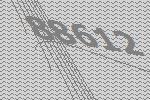
88612